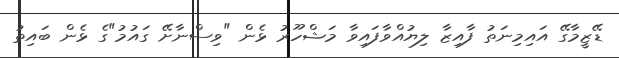
ޑޭޒީމާގޭ އައިމިނަތު ފާއިޒާ ލިޔުއްވާފައިވާ މަޝްހޫރު ޅެން "ވިސްނާށޭ ގައުމު"ގެ ޅެން ބައިތު